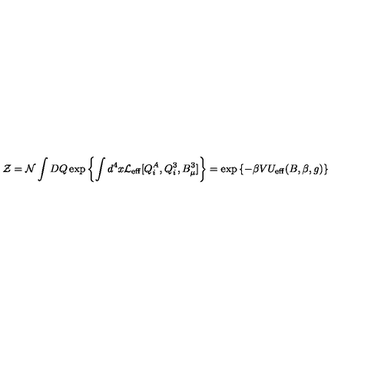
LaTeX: { \cal Z } = { \cal N } \int D Q \exp \left\{ \int d ^ { 4 } x { \cal L } _ { \mathrm { e f f } } [ Q _ { i } ^ { A } , Q _ { i } ^ { 3 } , B _ { \mu } ^ { 3 } ] \right\} = \exp \left\{ - \beta V U _ { \mathrm { e f f } } ( B , \beta , g ) \right\}